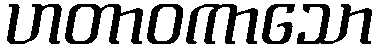
ဟတာဝကာသော